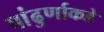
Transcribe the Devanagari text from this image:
पांढुर्णाकडे